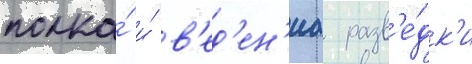
полка́ и́ в'ед'ен'иа разв'е́дк'и